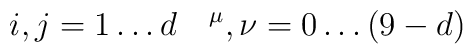
i,j = 1 \ldots d \quad \sp \mu,\nu = 0 \ldots (9-d)